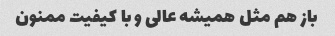
باز هم مثل همیشه عالی و با کیفیت ممنون